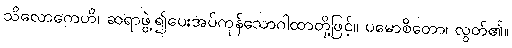
သိလောကေဟိ၊ ဆရာဖွဲ့၍ပေးအပ်ကုန်သောဂါထာတို့ဖြင့်။ ပမောစိတော၊ လွတ်၏။